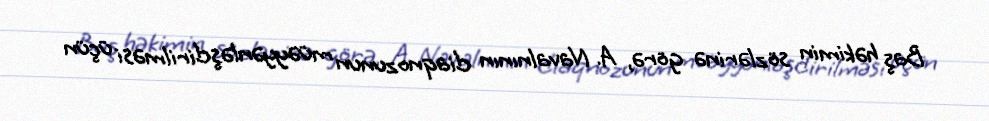
Baş həkimin sözlərinə görə, A. Navalnının diaqnozunun müəyyənləşdirilməsi üçün